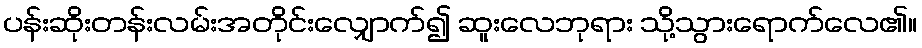
ပန်းဆိုးတန်းလမ်းအတိုင်းလျှောက်၍ ဆူးလေဘုရား သို့သွားရောက်လေ၏။